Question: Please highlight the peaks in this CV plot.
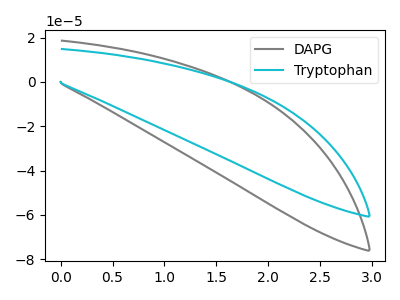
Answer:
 <answer>The gray curve "DAPG" has no peaks. The cyan curve "Tryptophan" has no peaks.</answer>
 <eval></eval>